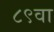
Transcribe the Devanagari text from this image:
८९वा